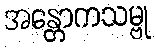
အန္တောကသမ္ဗု